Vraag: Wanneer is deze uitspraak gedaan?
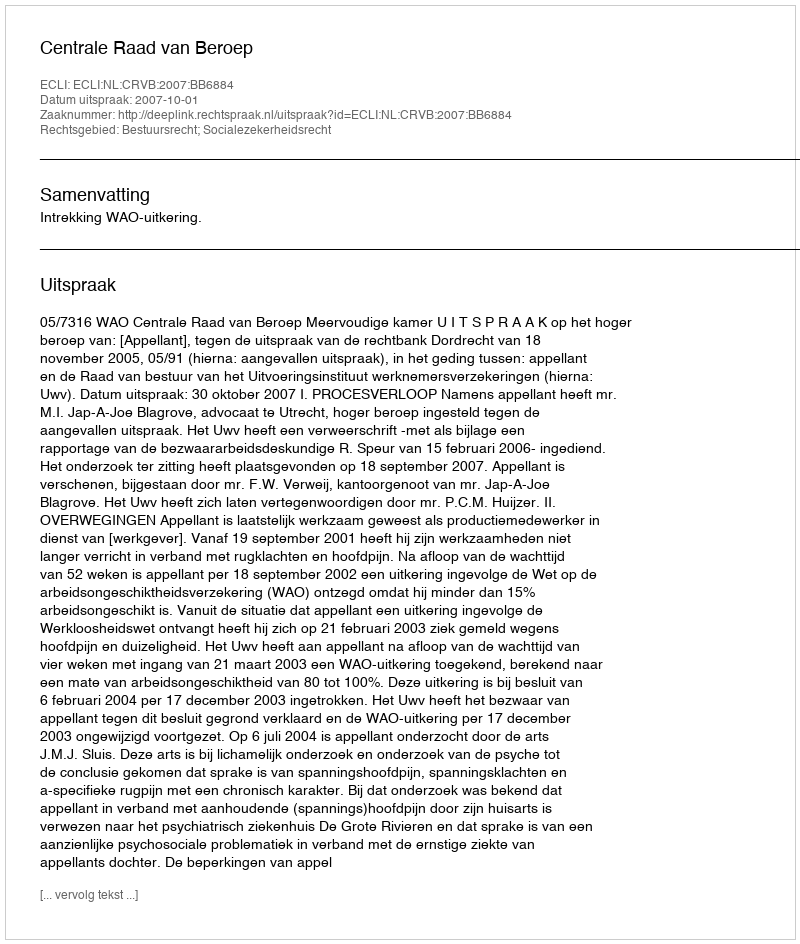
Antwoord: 2007-10-01